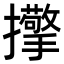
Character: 𢹘